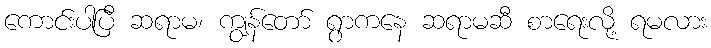
ကောင်းပါပြီ ဆရာမ၊ ကျွန်တော် ရွာကနေ ဆရာမဆီ စာရေးလို့ ရမလား